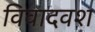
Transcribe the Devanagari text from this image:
विवादवश